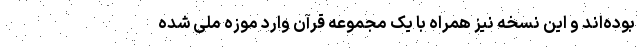
بوده‌اند و این نسخه نیز همراه با یک مجموعه قرآن وارد موزه ملی شده